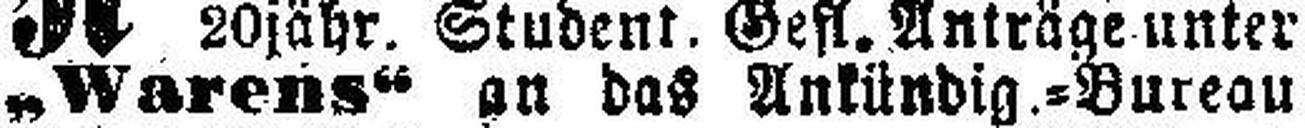
„Warens“ an das Ankündig.=Bureau